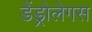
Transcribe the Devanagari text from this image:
डेंड्रोलेगस